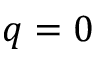
q = 0